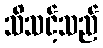
သိသင့်သည်